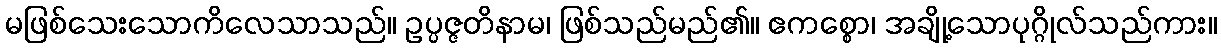
မဖြစ်သေးသောကိလေသာသည်။ ဥပ္ပဇ္ဇတိနာမ၊ ဖြစ်သည်မည်၏။ ဧကစ္စော၊ အချို့သောပုဂ္ဂိုလ်သည်ကား။